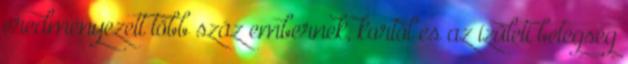
eredményezett több száz embernek, kortól és az ízületi betegség